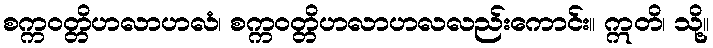
စက္ကဝတ္တိဟလာဟလံ၊ စက္ကဝတ္တိဟလာဟလလည်းကောင်း။ ဣတိ၊ သို့။